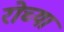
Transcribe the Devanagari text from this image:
रोच्या